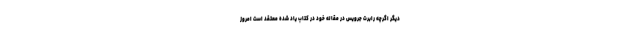
دیگر اگرچه رابرت جرویس در مقاله خود در کتاب یاد شده معتقد است امروز